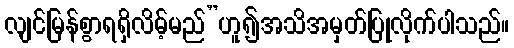
လျင်မြန်စွာရရှိလိမ့်မည်”ဟူ၍အသိအမှတ်ပြုလိုက်ပါသည်။